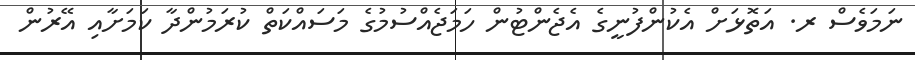
ނަމަވެސް ރ. އަތޮޅަށް އެކުންފުނީގެ އެޖެންޓުން ހަމަޖެއްސުމުގެ މަސައްކަތް ކުރަމުންދާ ކަަމަށާއި އޭރުން